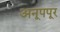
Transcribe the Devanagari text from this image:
अनूपपूर